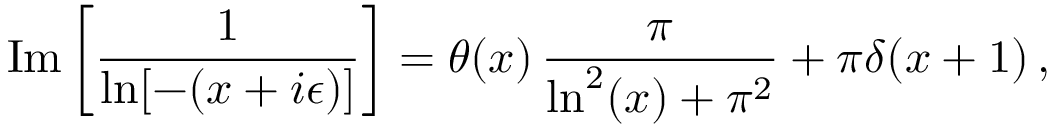
\mathrm { I m } \left[ \frac { 1 } { \ln [ - ( x + i \epsilon ) ] } \right] = \theta ( x ) \, \frac { \pi } { \ln ^ { 2 } ( x ) + \pi ^ { 2 } } + \pi \delta ( x + 1 ) \, ,